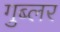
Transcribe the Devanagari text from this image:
गुब्लर